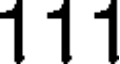
111